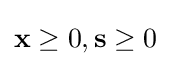
\mathbf {x} \geq 0,\mathbf {s} \geq 0